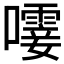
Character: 𫬝